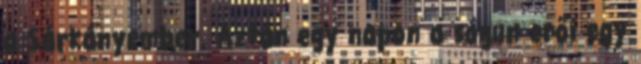
a Sárkányember. Aztán egy napon a sógun erői egy